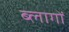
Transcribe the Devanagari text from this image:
ब्लागों